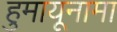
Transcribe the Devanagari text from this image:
हुमायूनामा